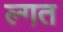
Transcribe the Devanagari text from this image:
ल्गत